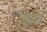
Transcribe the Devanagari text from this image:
इरु